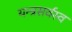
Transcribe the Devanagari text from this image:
यन्त्रसर्वस्व